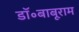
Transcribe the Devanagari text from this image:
डॉ॰बाबूराम